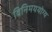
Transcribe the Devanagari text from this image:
विनिमययोग्य